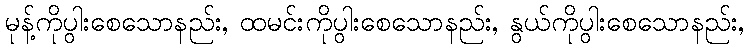
မုန့်ကိုပွါးစေသောနည်း, ထမင်းကိုပွါးစေသောနည်း, နွယ်ကိုပွါးစေသောနည်း,